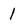
Character: 1